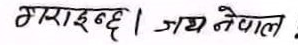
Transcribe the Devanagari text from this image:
गराइन्छ। जय नेपाल